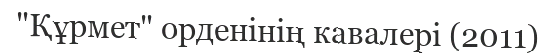
"Құрмет" орденінің кавалері (2011)